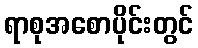
ရာစုအစောပိုင်းတွင်